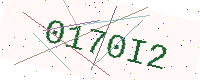
Text: 0170I2